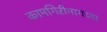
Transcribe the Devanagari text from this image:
कामगिरीमागच्या